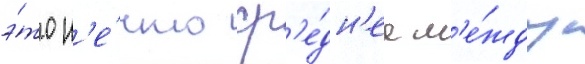
э́то н'е́что ср'е́дн'ее м'е́жду